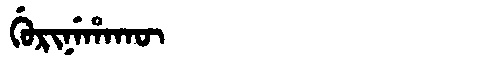
Manchu: ᡤᡠᡵᡳᠨᡝᡥᠠᡴᡡ
Romanization: GURINEHAKŪ